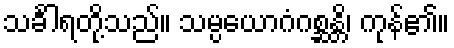
သင်္ခါရတို့သည်။ သမ္ပယောဂံဂစ္ဆန္တိ၊ ကုန်၏။